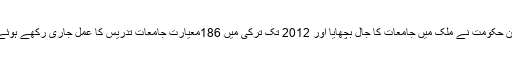
اردوغان حکومت نے ملک میں جامعات کا جال بچھایا اور 2012 تک ترکی میں 186معیارت جامعات تدریس کا عمل جاری رکھے ہوئے تھیں۔